Vaccination in Bombay 1913-1923 - 1913-1923
Year: 1913
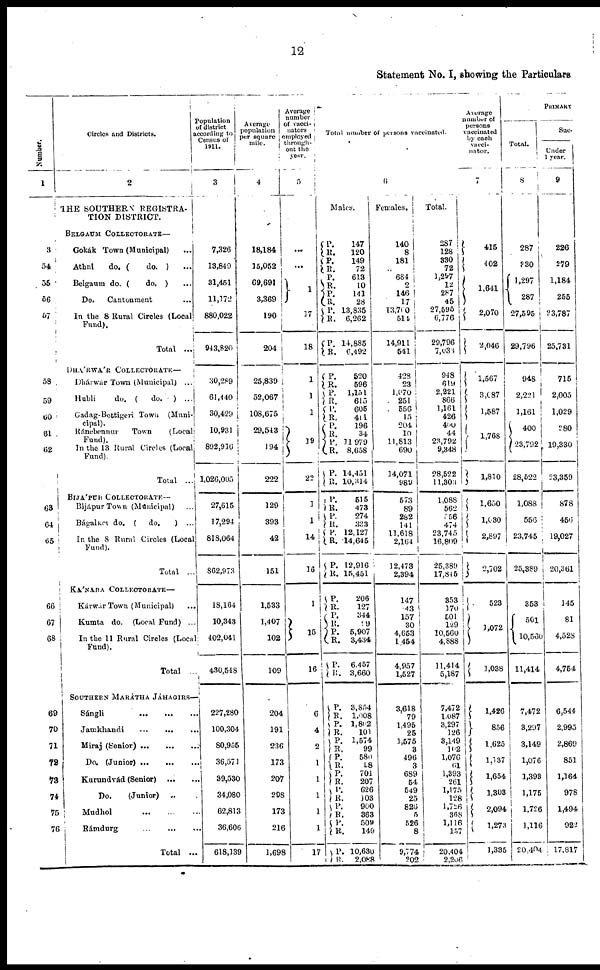
12
Statement No. I, showing the Particulars
Number.
1
3
54
55
56
57
58
59
60
61
62
63
64
65
66
67
68
69
70
71
72
73
74
75
76
Circles and Districts.
2
THE SOUTHERN REGISTRA-
TION DISTRICT.
BELGAUM COLLECTORATE—
Gokák Town (Municipal) ...
Athni
do. (
do. ) ...
Belgaum do. (
do. ) ...
Do.
Cantonment ...
In the 8 Rural Circles (Local
Fund).
Total
...
DHÁRWÁR COLLECTORATE—
Dhárwár Town (Municipal) ...
Hubli
do. (
do.
) ...
Gadag-Bettigeri Town (Muni-
cipal).
Ránebennur Town (Local
Fund).
In the 13 Rural Circles (Local
Fund).
Total
...
BIJÁPUR COLLECTORATE—
Bijápur Town (Municipal) ...
Bágalket do. (
do.
) ...
In the 8 Rural Circles (Local
Fund).
Total ...
KÁNARA COLLECTORATE—
Kárwár Town (Municipal) ...
Kumta do. (Local Fund) ...
In the 11 Rural Circles (Local
Fund).
Total ...
SOUTHERN MARÁTHA JÁHAGIRS—
Sángli
...
...
...
Jamkhandi
...
...
...
Miraj (Senior)
...
...
...
Do. (Junior)
...
...
...
Kurundvád (Senior) ... ...
Do.
(Junior) ... ...
Mudhol
...
...
...
Rámdurg
...
...
...
Total ...
Population
of district
according to
Census of
1911.
3
7,326
13,849
31,451
11,172
880,022
943,820
30,289
61,440
30,429
10,931
892,916
1,026,005
27,615
17,294
818,064
862,973
18,164
10,343
402,041
430,548
227,280
100,304
80,955
36,571
39,530
34,080
62,813
36,606
618,139
Average
population
per square
mile.
4
18,184
15,052
69,691
3,369
190
204
25,839
52,067
108,675
29,543
194
222
129
393
42
151
1,533
1,407
102
109
204
191
236
173
207
298
173
216
1,698
Average
number
of vacci-
nators
employed
through-
out the
year.
5
...
...
1
17
18
1
1
1
19
22
1
1
14
16
1
15
16
6
4
2
1
1
1
1
1
17
Total number of persons vaccinated.
6
Males.
P.
R. P.
R. P.
R.
P.
R.
P.
R.
P.
R.
P.
R.
P.
R.
P. R. P.
R.
P.
R.
P.
R.
P.
R. P.
R. P.
R.
P.
R.
P.
R.
P.
R.
P.
R.
P.
R.
P.
R.
P.
R. P.
R.
P.
R. P.
R.
P.
R.
P.
R.
P.
R.
P.
R.
147
120
149
72
613
10
141
28
13,835
6,262
14,885
6,492
520
596
1,151
615
605
411
196
34
11,979
8,658
14,451
10,314
515
473
274
333
12,127
14,645
12,916
15,451
206
127
344
99
5,907
3,434
6,457
3,660
3,854
1,008
1,802
101
1,574
99
580
58
704
207
626
103
900
363
509
149
10,630
2,088
Females.
140
8
181
...
684
2
146
17
13,760
514
14,911
541
428
23
1,970
251
556
15
204
10
11,813
690
14,071
989
573
89
282
141
11,618
2,164
12,473
2,394
147
43
157
30
4,653
1,454
4,957
1,527
3,618
79
1,495
25
1,575
3
496
3
689
54
549
25
826
5
526
8
9,774
202
Total.
287
128
330
72
1,297
12
287
45
27,595
6,776
29,796
7,033
948
619
2,221
866
1,161
426
400
44
23,792
9,348
28,522
11,303
1,088
562
556
474
23,
16,809
25,389
17,845
353
170
501
129
10,560
4,888
11,414
5,187
7,472
1,087
3,297
126
3,149
102
1,076
61
1,393
261
1,175
128
1,726
368
1,116
157
20,404
2,206
Average
number of
persons
vaccinated
by each
vacci-
nator.
7
415
402
1,641
2,070
2,046
1,567
3,087
1,587
1,768
1,810
1,650
1,630
2,897
2,702
523
1,072
1,038
1,426
856
1,625
1,137
1,654
1,303
2,094
1,273
1,335
PRIMARY
Total.
8
287
330
1,297
287
27,595
29,796
948
2,221
3,161
400
23,792
28,522
1,088
556
23,745
25,389
353
501
10,560
11,414
7,472
3,297
3,149
1,076
1,393
1,175
1,726
1,116
20,404
Suc-
Under
1 year.
9
226
279
1,184
255
23,787
25,731
715
2,005
1,029
280
19,330
23,359
878
456
19,027
20,361
145
81
4,528
4,754
6,544
2,995
2,869
851
1,364
978
1,494
922
17,817